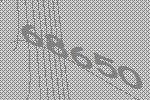
68650